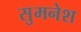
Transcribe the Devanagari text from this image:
सुमनेश